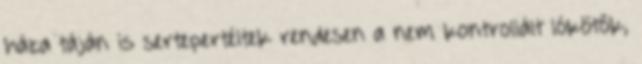
háza táján is sertepertéltek rendesen a nem kontrollált lókötők,